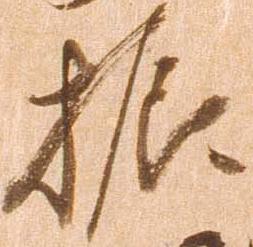
振